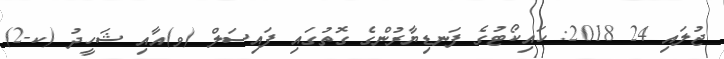
ޖުލައި 24 2018: ހައިކޯޓުގެ ފަނޑިޔާރުންގެ ގޮތުގައި ފައިސަލް (ވ)އާއި ޝަހީދު (ކ-2)